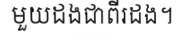
មួយដងជាពីរដង។